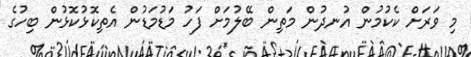
މި ވަރަށް ކެކުމުން އުނދުން މަތިން ބޭލުމަށް ފަހު މަޑުމަޑުން އެތިކޮޅުކޮޅުން ބިހުގެ